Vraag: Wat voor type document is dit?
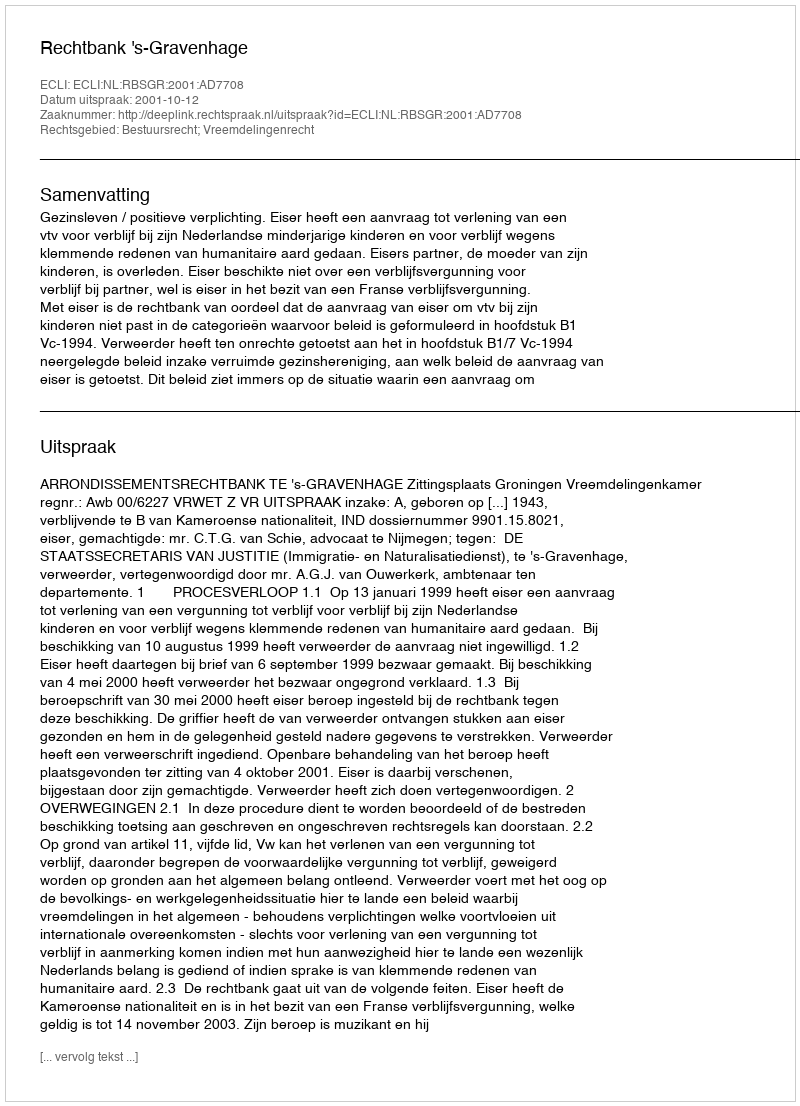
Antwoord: Uitspraak